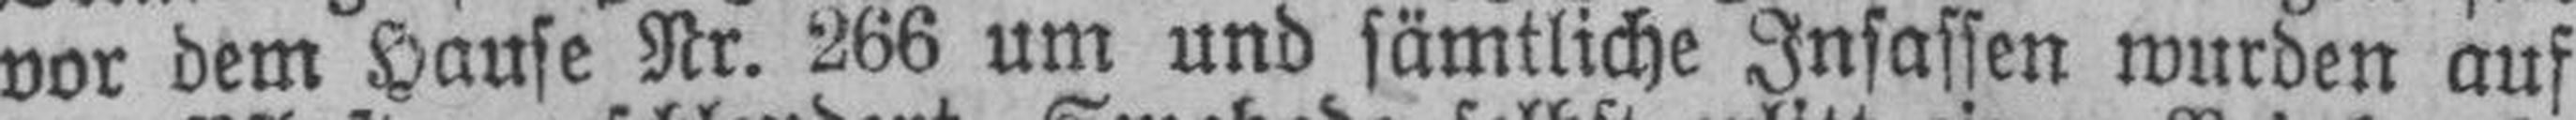
vor dem Hause Nr. 266 um und sämtliche Insassen wurden auf